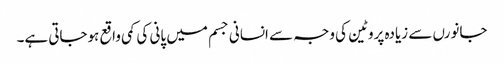
جانورں سے زیادہ پروٹین کی وجہ سے انسانی جسم میں پانی کی کمی واقع ہوجاتی ہے۔